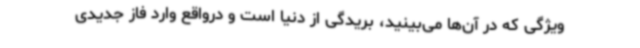
ویژگی که در آن‌ها می‌بینید، بریدگی از دنیا است و درواقع وارد فاز جدیدی